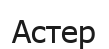
Астер